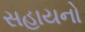
સહાયનો